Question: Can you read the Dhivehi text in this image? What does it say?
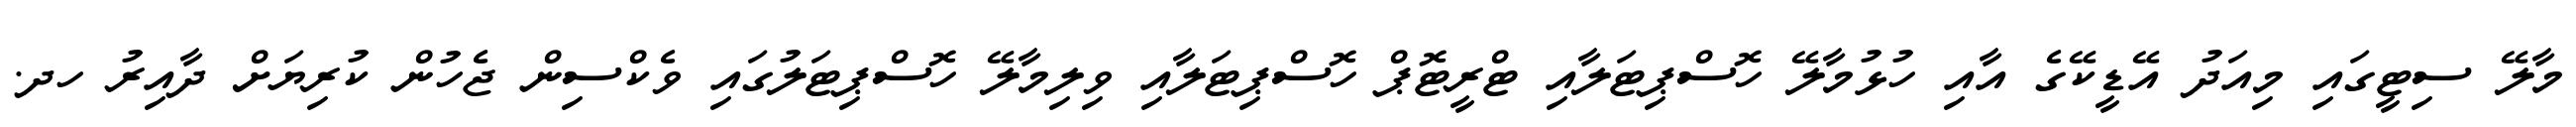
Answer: މާލޭ ސިޓީގައި މިއަދު އޭޑީކޭގެ އާއި ހުޅުމާލޭ ހޮސްޕިޓަލާއި ޓްރީޓޮޕް ހޮސްޕިޓަލާއި ވިލިމާލޭ ހޮސްޕިޓަލުގައި ވެކްސިން ޖެހުން ކުރިޔަށް ދާއިރު ހދ.